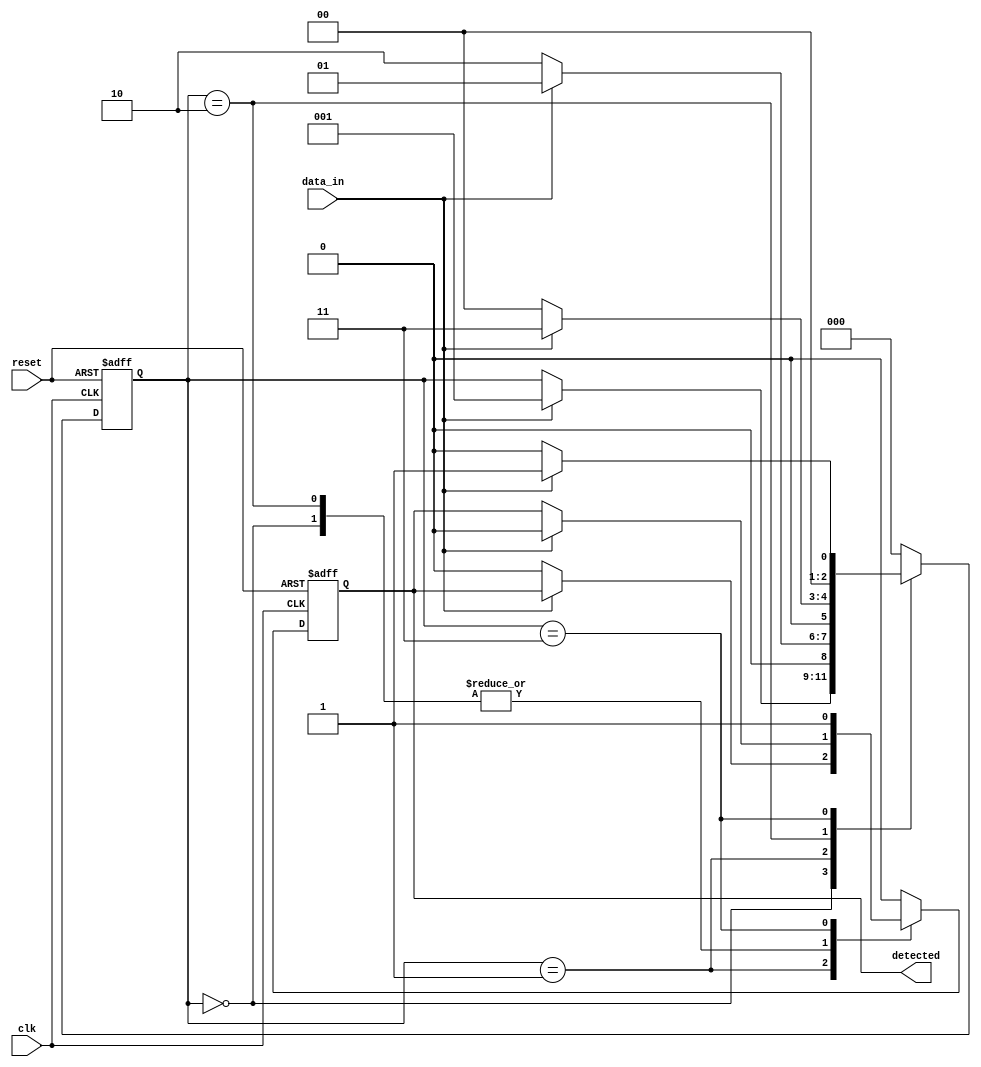
module pattern_detector (
    input wire clk,         // Clock signal
    input wire reset,       // Reset signal
    input wire data_in,     // Input data stream
    output reg detected      // Output signal indicating pattern detected
);

    // State registers
    reg [2:0] state;        // 3 flip-flops to store state (enough for detecting "101")
    
    // Define states
    localparam IDLE    = 3'b000; // Initial state
    localparam S1      = 3'b001; // State after detecting '1'
    localparam S2      = 3'b010; // State after detecting '10'
    localparam S3      = 3'b011; // State after detecting '101'
    
    // Sequential logic for state transition
    always @(posedge clk or posedge reset) begin
        if (reset) begin
            state <= IDLE;
            detected <= 1'b0;
        end else begin
            case (state)
                IDLE: begin
                    if (data_in) begin
                        state <= S1;
                        detected <= 1'b0;
                    end
                end
                S1: begin
                    if (~data_in) begin
                        state <= S2;
                        detected <= 1'b0;
                    end else begin
                        state <= S1; // Stay in S1 if data_in is still high
                    end
                end
                S2: begin
                    if (data_in) begin
                        state <= S3;
                        detected <= 1'b0;
                    end else begin
                        state <= IDLE; // Reset to IDLE if we see '0' again
                    end
                end
                S3: begin
                    detected <= 1'b1; // Pattern detected
                    if (data_in) begin
                        state <= S1; // If we see '1', we might start detecting again
                    end else begin
                        state <= IDLE; // Reset to IDLE if we see '0'
                    end
                end
                default: begin
                    state <= IDLE;
                    detected <= 1'b0;
                end
            endcase
        end
    end

endmodule